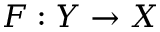
F : Y \rightarrow X